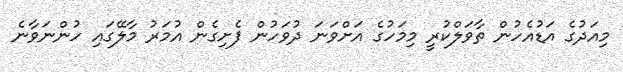
މިއަދުގެ އަޑުއެހުން ތާވަލްކުރީ މިމަހުގެ އަށްވަނަ ދުވަހުން ފެށިގެން އުމަރު މާލޭގައި ހުންނަވާނެ